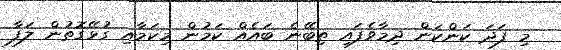
މި ފަދަ ކަންކަން ދިމާވެފައި ތިބޭނެ ބައެއް ކަމުން މިކަމާއި ގުޅޭގޮތުން ލަފާ